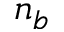
n _ { b }